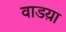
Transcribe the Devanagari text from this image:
वाडय़ा